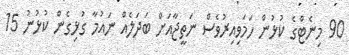
90 މިނެޓްގެ ކުޅުން ހަމަވިއިރުވެސް ނަތީޖާއަށް ބަދަލެއް ނައުމާ ގުޅިގެން ކުޅުނު 15